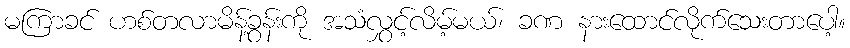
မကြာခင် ဟစ်တလာမိန့်ခွန်းကို အသံလွှင့်လိမ့်မယ်၊ ခဏ နားထောင်လိုက်သေးတာပေါ့။